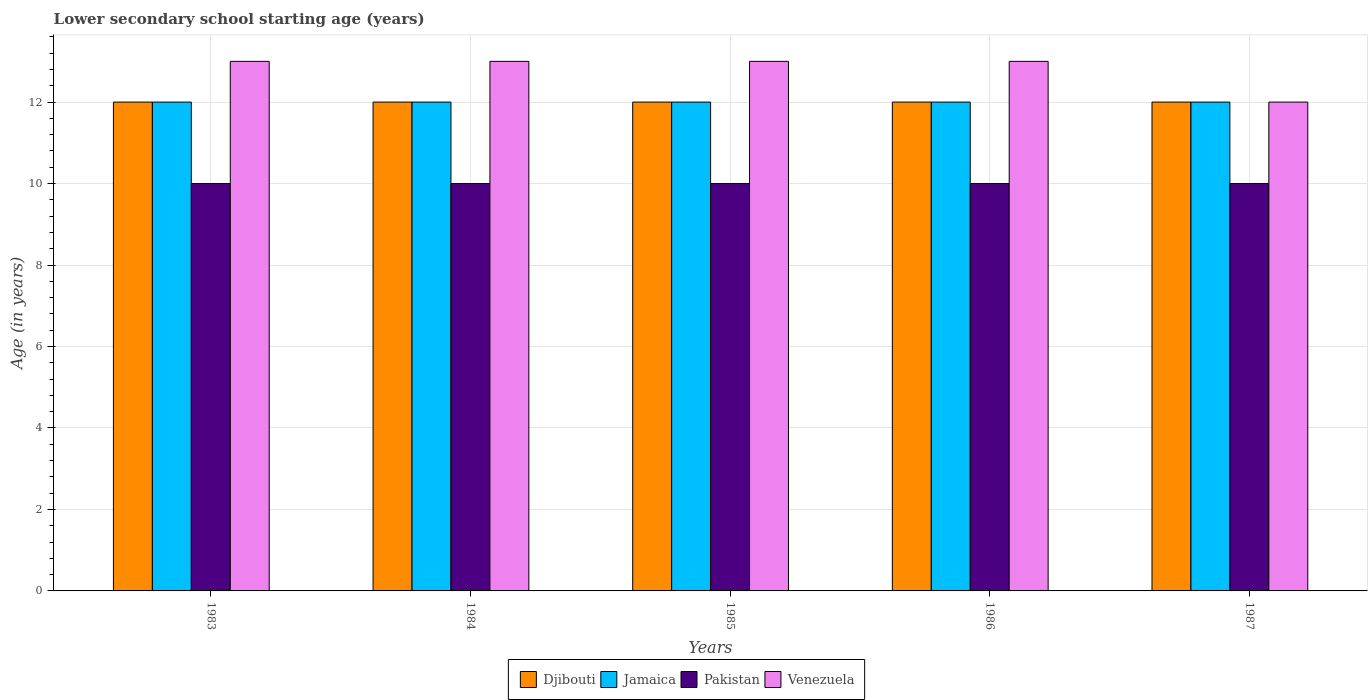
| Years | Djibouti | Jamaica | Pakistan | Venezuela |
 | --- | --- | --- | --- | --- |
 | 1983 | 12 | 12 | 10 | 13 |
 | 1984 | 12 | 12 | 10 | 13 |
 | 1985 | 12 | 12 | 10 | 13 |
 | 1986 | 12 | 12 | 10 | 13 |
 | 1987 | 12 | 12 | 10 | 12 |